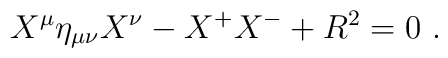
X^\mu \eta_{\mu\nu} X^\nu-X^+X^- +R^2 =0\ .